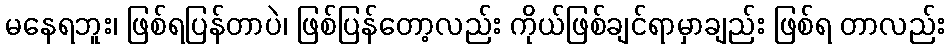
မနေရဘူး၊ ဖြစ်ရပြန်တာပဲ၊ ဖြစ်ပြန်တော့လည်း ကိုယ်ဖြစ်ချင်ရာမှာချည်း ဖြစ်ရ တာလည်း